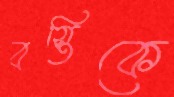
বস্তিকে